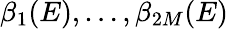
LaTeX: \beta_{1}(E),\dots,\beta_{2M}(E)